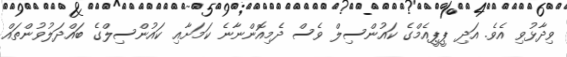
ވިދާޅުވި އެވެ. އަދި ޕީޕީއެމްގެ ކައުންސިލް ވެސް ދެމިއޮންނާނެ ކަމަށާއި ކައުންސިލްގެ ބައްދަލުވުންތައް